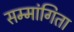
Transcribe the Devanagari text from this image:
सम्मांगिता